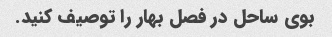
بوی ساحل در فصل بهار را توصیف کنید.